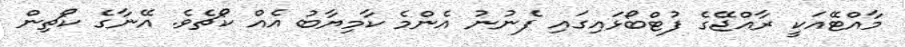
މާއްޓޭއަކީ ރާއްޖޭގެ ފުޓްބޯޅައިގައި ފެނުނު އެންމެ ކާމިޔާބު އެއް ކޯޗެވެ. އޭނާގެ ކޯޗިން